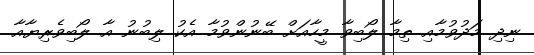
ނިދި މަދުވުމާއި ތިމާ ލޯބިވާ މީހާއަށް ބޭނުންވުމާ އެކު ލިބުނު އާ ލޯބިވެރިޔާއާ